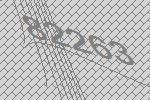
82263